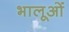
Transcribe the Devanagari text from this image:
भालूओंं